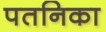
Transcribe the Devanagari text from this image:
पतनिका